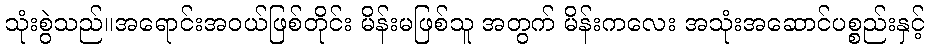
သုံးစွဲသည်။အရောင်းအဝယ်ဖြစ်တိုင်း မိန်းမဖြစ်သူ အတွက် မိန်းကလေး အသုံးအဆောင်ပစ္စည်းနှင့်